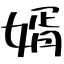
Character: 婿